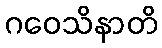
ဂဝေသိနာတိ